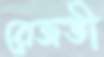
রেজভী